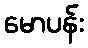
မောပန်း